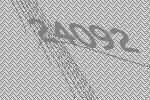
24092